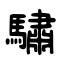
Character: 驌